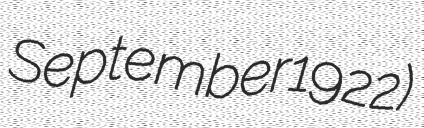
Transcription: September 1922)